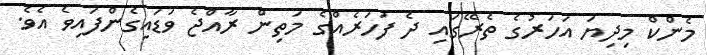
މެންކް މިދިޔަ އަހަރުގެ ތެރޭގައި ދެ ފަހަރެއްގެ މަތިން ރާއްޖެ ވަޑައިގެންފައިވެ އެވެ.